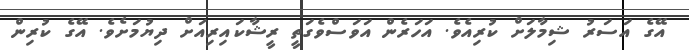
އޭގެ އަސަރު ޝިމާލަށް ކުރިއެވެ. އަހަރެން އަވަސްވެގަތީ ރީޝާކައިރިއަށް ދިޔުމަށެވެ. އޭގެ ކުރިން